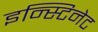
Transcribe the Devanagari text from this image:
इन्स्टिनेट